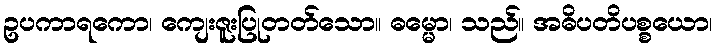
ဥပကာရကော၊ ကျေးဇူးပြုတတ်သော။ ဓမ္မော၊ သည်။ အဓိပတိပစ္စယော၊